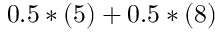
0 . 5 * ( 5 ) + 0 . 5 * ( 8 )